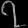
Digit: ၇